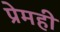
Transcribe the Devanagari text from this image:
प्रेमही